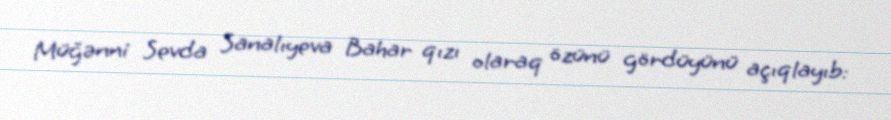
Müğənni Sevda Sanalıyeva Bahar qızı olaraq özünü gördüyünü açıqlayıb: